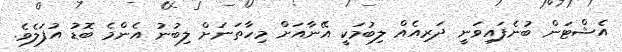
އެޝްޓަން ބުނެފައިވަނީ ދަރިއެއް ލިބުމަކީ އޭނާއަށް މިހާތަނަށް ލިބުނު އެންމެ ބޮޑު އުފަލެވެ.